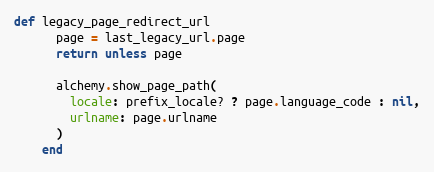
Language: Ruby
def legacy_page_redirect_url
      page = last_legacy_url.page
      return unless page

      alchemy.show_page_path(
        locale: prefix_locale? ? page.language_code : nil,
        urlname: page.urlname
      )
    end